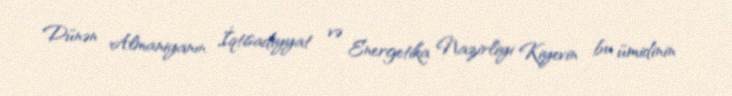
Dünən Almaniyanın İqtisadiyyat və Energetika Nazirliyi Kiyevin bu ümidinin